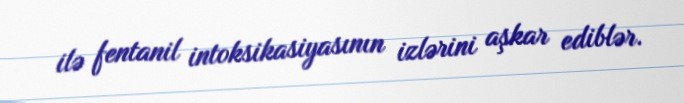
ilə fentanil intoksikasiyasının izlərini aşkar ediblər.